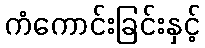
ကံကောင်းခြင်းနှင့်